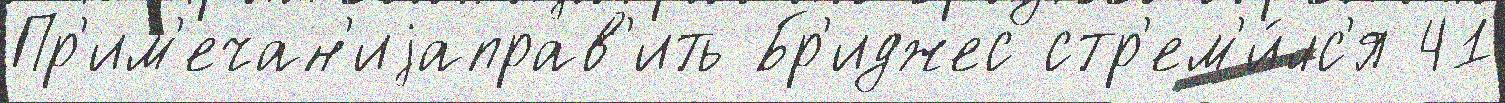
Пр'им'ечан'иjаправ'ить Бр'иджес стр'ем'и́лс'я 41